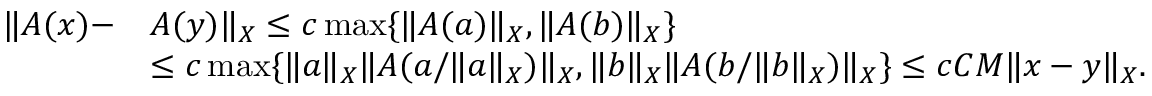
\begin{array} { r l } { \| A ( x ) - } & { A ( y ) \| _ { X } \leq c \operatorname* { m a x } \{ \| A ( a ) \| _ { X } , \| A ( b ) \| _ { X } \} } \\ & { \leq c \operatorname* { m a x } \{ \| a \| _ { X } \| A ( a / \| a \| _ { X } ) \| _ { X } , \| b \| _ { X } \| A ( b / \| b \| _ { X } ) \| _ { X } \} \leq c C M \| x - y \| _ { X } . } \end{array}